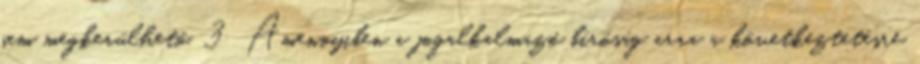
sem megkerülhető. 3 Amennyiben a jogalkalmazó bíróság arra a következtetésre